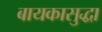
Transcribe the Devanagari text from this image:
बायकासुद्धा